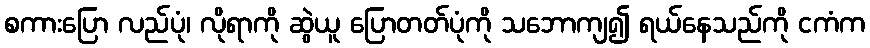
စကားပြော လည်ပုံ၊ လိုရာကို ဆွဲယူ ပြောတတ်ပုံကို သဘောကျ၍ ရယ်နေသည်ကို ငကံက